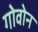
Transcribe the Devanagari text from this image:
गोवोन